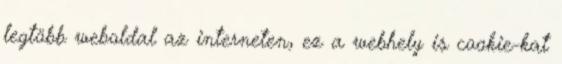
legtöbb weboldal az interneten, ez a webhely is cookie-kat